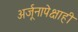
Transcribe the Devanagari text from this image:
अर्जूनापेक्षाही